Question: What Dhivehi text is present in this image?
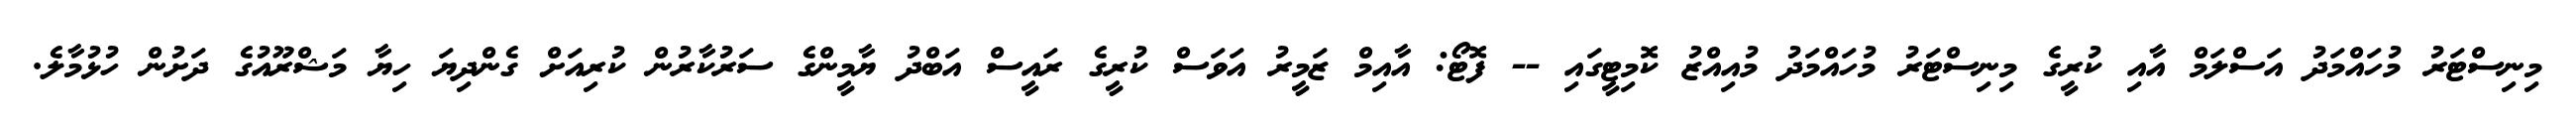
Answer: މިނިސްޓަރު މުހައްމަދު އަސްލަމް އާއި ކުރީގެ މިނިސްޓަރު މުހައްމަދު މުއިއްޒު ކޮމިޓީގައި -- ފޮޓޯ: އާއިމް ޒަމީރު އަވަސް ކުރީގެ ރައީސް އަބްދު ޔާމީންގެ ސަރުކާރުން ކުރިއަށް ގެންދިޔަ ހިޔާ މަޝްރޫއުގެ ދަށުން ހުޅުމާލެ.